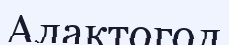
Алактогол